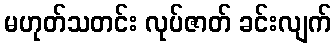
မဟုတ်သတင်း လုပ်ဇာတ် ခင်းလျက်